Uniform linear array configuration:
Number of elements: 64
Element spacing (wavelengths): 0.25
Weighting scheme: exponential
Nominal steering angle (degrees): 15
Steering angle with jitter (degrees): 14.632
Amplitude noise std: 0.05
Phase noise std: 0.05

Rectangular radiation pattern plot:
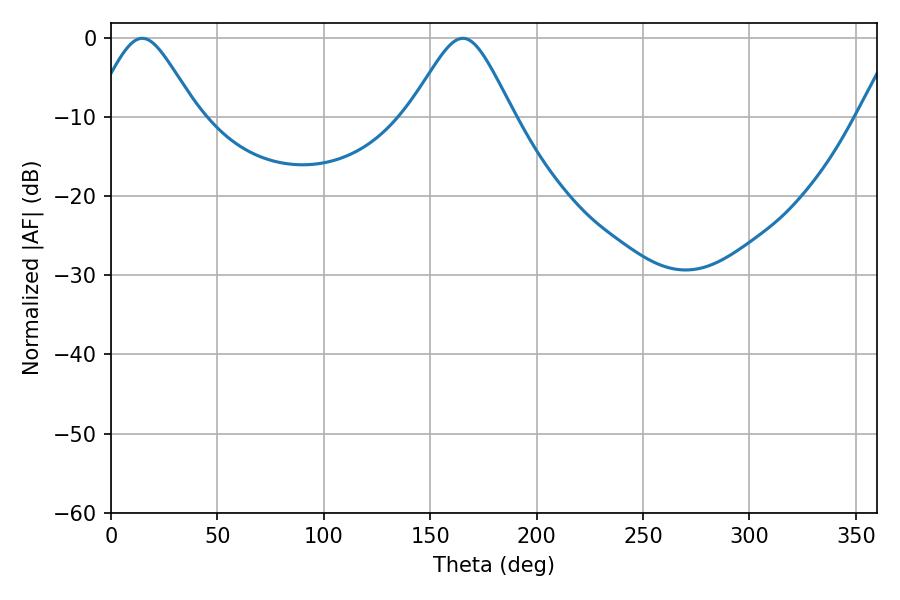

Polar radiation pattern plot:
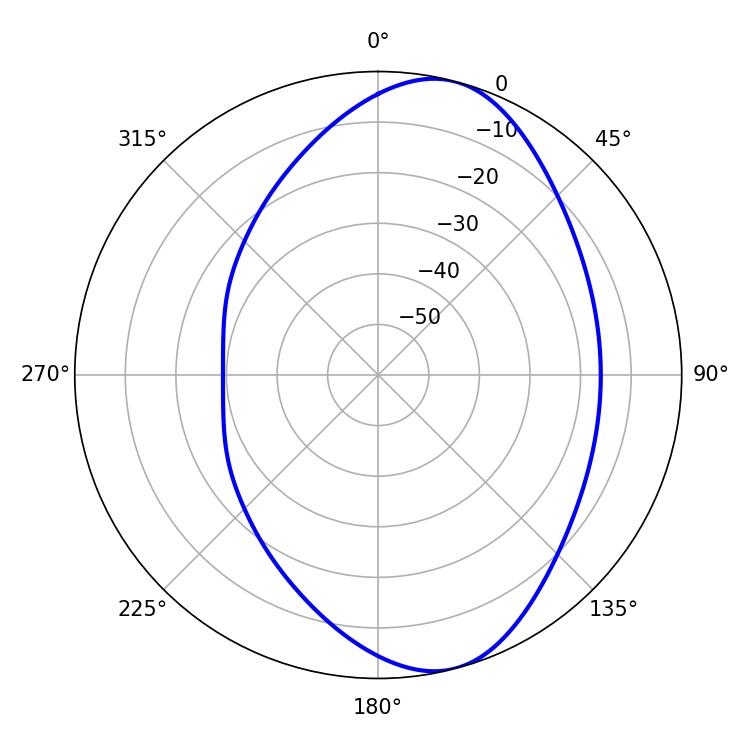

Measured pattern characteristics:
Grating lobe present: FALSE
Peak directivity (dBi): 8.312
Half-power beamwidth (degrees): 23.94
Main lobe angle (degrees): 14.76